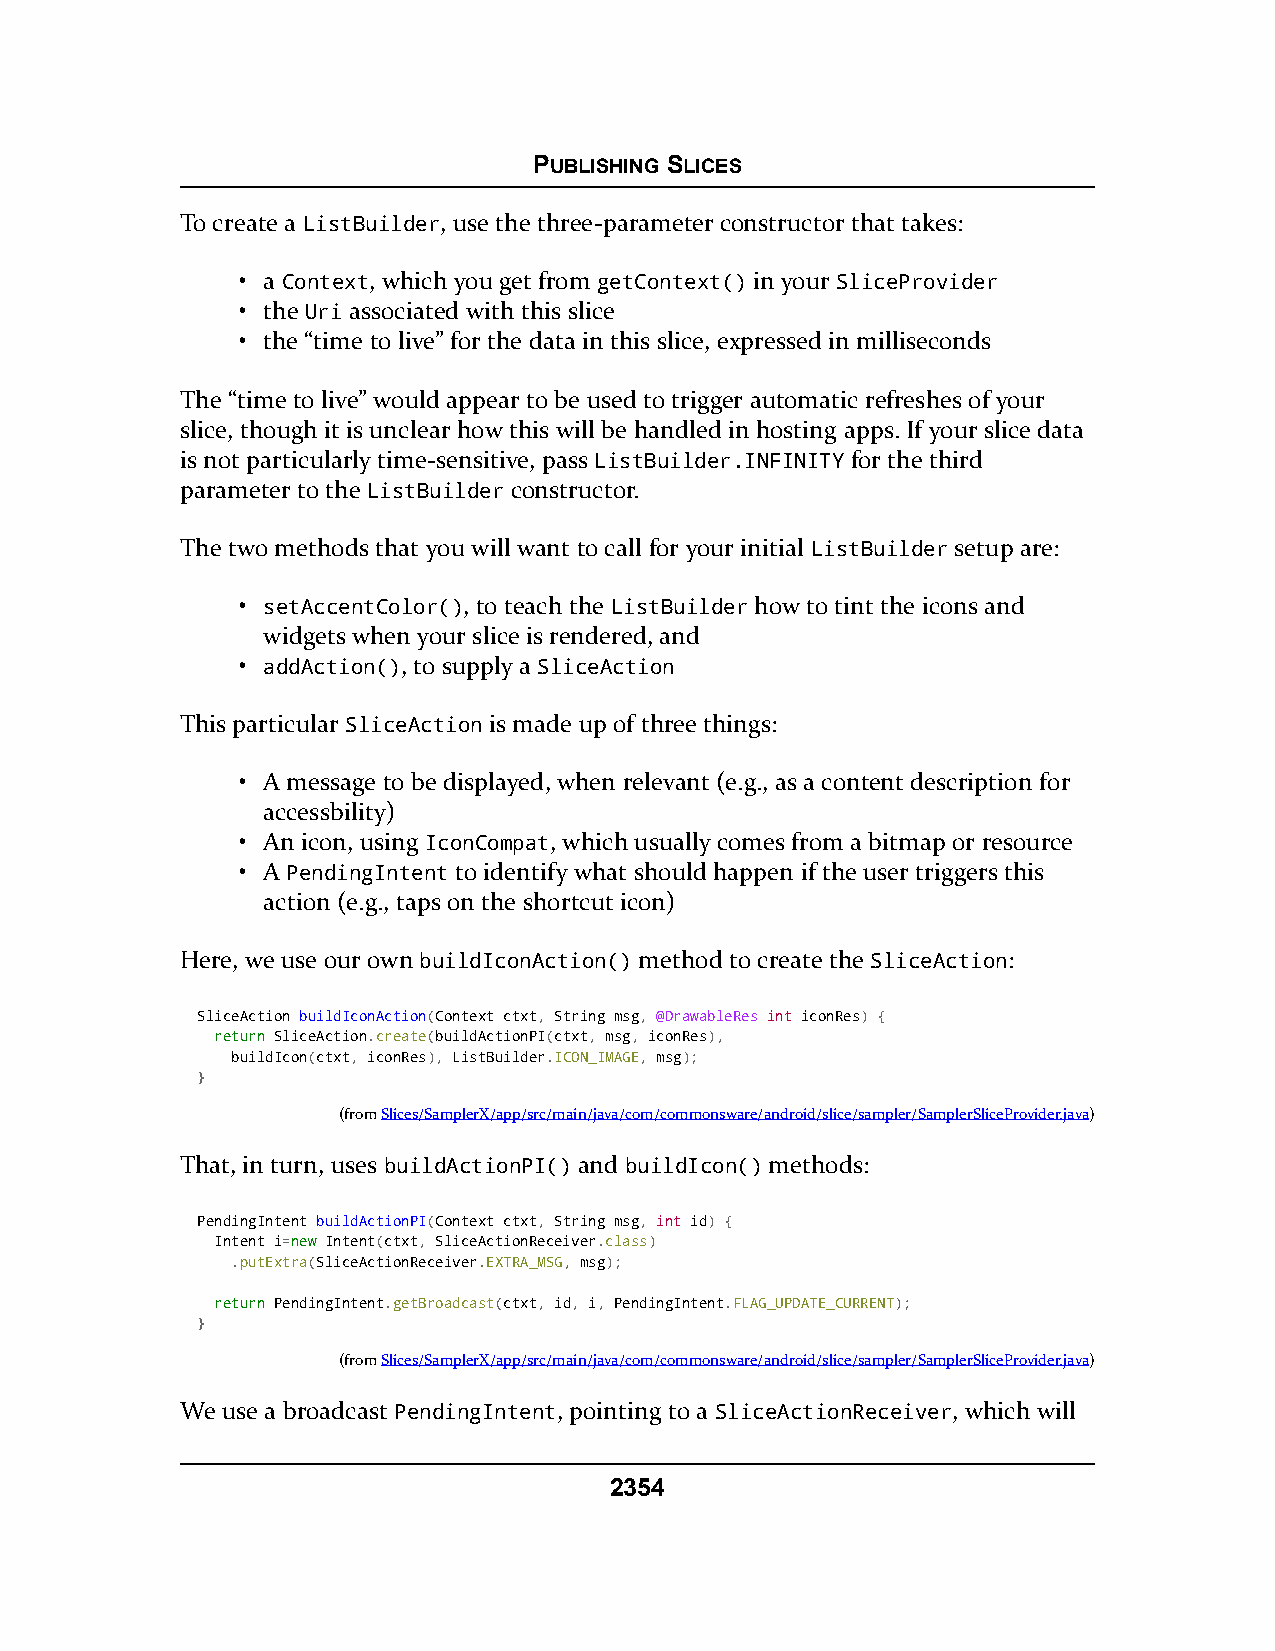
PUBLISHING SLICES
 To create a ListBuilder, use the three-parameter constructor that takes:
 • a Context, which you get from getContext() in your SliceProvider
 • the Uri associated with this slice
 • the “time to live” for the data in this slice, expressed in milliseconds
 The “time to live” would appear to be used to trigger automatic refreshes of your
 slice, though it is unclear how this will be handled in hosting apps. If your slice data
 is not particularly time-sensitive, pass ListBuilder.INFINITY for the third
 parameter to the ListBuilder constructor.
 The two methods that you will want to call for your initial ListBuilder setup are:
 • setAccentColor(), to teach the ListBuilder how to tint the icons and
 widgets when your slice is rendered, and
 • addAction(), to supply a SliceAction
 This particular SliceAction is made up of three things:
 • A message to be displayed, when relevant (e.g., as a content description for
 accessbility)
 • An icon, using IconCompat, which usually comes from a bitmap or resource
 • A PendingIntent to identify what should happen if the user triggers this
 action (e.g., taps on the shortcut icon)
 Here, we use our own buildIconAction() method to create the SliceAction:
 SliceAction buildIconAction(Context ctxt, String msg, @DrawableRes int iconRes) {
 rreettuurrnn SliceAction.create(buildActionPI(ctxt, msg, iconRes),
 buildIcon(ctxt, iconRes), ListBuilder.ICON_IMAGE, msg);
 }
 (fromSlices/SamplerX/app/src/main/java/com/commonsware/android/slice/sampler/SamplerSliceProvider.java)
 That, in turn, uses buildActionPI() and buildIcon() methods:
 PendingIntent buildActionPI(Context ctxt, String msg, int id) {
 Intent i=nneeww Intent(ctxt, SliceActionReceiver.class)
 .putExtra(SliceActionReceiver.EXTRA_MSG, msg);
 rreettuurrnn PendingIntent.getBroadcast(ctxt, id, i, PendingIntent.FLAG_UPDATE_CURRENT);
 }
 (fromSlices/SamplerX/app/src/main/java/com/commonsware/android/slice/sampler/SamplerSliceProvider.java)
 We use a broadcast PendingIntent, pointing to a SliceActionReceiver, which will
 2354